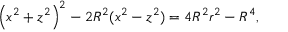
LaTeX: \left( x ^ { 2 } + z ^ { 2 } \right) ^ { 2 } - 2 R ^ { 2 } ( x ^ { 2 } - z ^ { 2 } ) = 4 R ^ { 2 } r ^ { 2 } - R ^ { 4 } ,